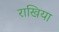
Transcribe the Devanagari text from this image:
राखिया